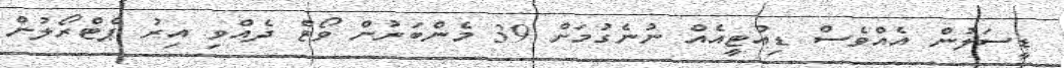
ޑީސަލުން އެއްވެސް ޑިއުޓީއެއް ނުނެގުމަށް 39 މެންބަރުން ވޯޓް ދެއްވި އިރު ޕެޓްރޯލުން